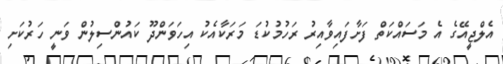
އެލްޖީއޭގެ އެ މަސައްކަތް ފަށާފައިވާއިރު ރަހުމުކުޑަ މަރަކާއެކު އިހަވަންދޫ ކައުންސިލުން ވަނީ ހަރުކަށި